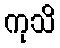
ကုသိ